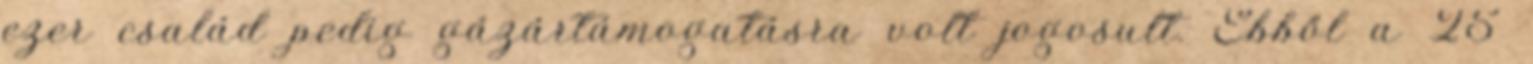
ezer család pedig gázártámogatásra volt jogosult. Ebből a 25